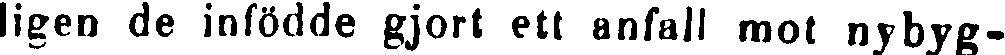
ligen de infödde gjort ett anfall mot nybyg-